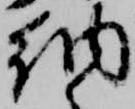
納